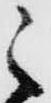
之